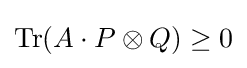
\operatorname {Tr} (A\cdot P\otimes Q)\geq 0